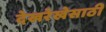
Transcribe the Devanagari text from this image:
देखरेखेसाठी